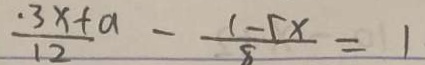
\frac { . 3 x + a } { 1 2 } - \frac { 1 - 5 x } { 8 } = 1